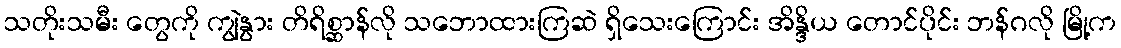
သတိုးသမီး တွေကို ကျွဲနွား တိရိစ္ဆာန်လို သဘောထားကြဆဲ ရှိသေးကြောင်း အိန္ဒိယ တောင်ပိုင်း ဘန်ဂလို မြို့က